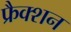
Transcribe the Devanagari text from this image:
फ्रैक्शन